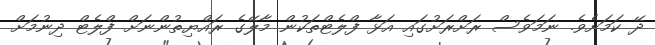
ދޭ ކަމަށެވެ. ނަމަވެސް ރަށްރަށުގައި އަޅާ ފްލެޓްތަކުން މާލޭގެ ރައްޔިތުންނަށް ފްލެޓް ދިނުމަށް